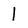
Character: 1